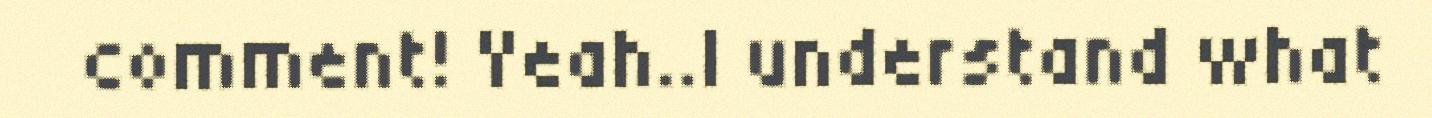
comment! Yeah..I understand what